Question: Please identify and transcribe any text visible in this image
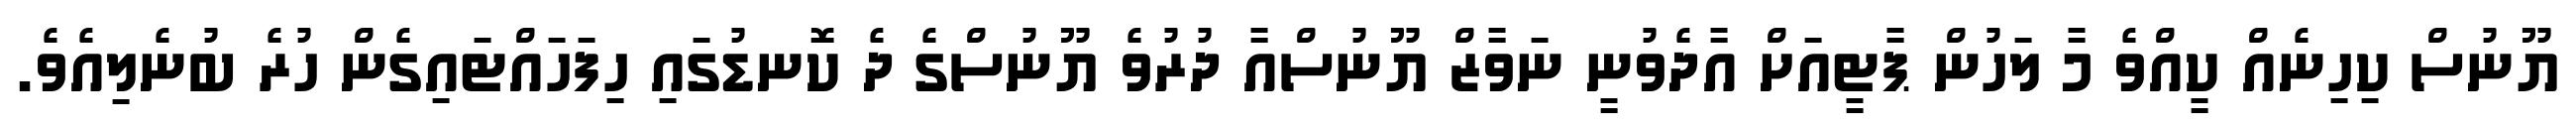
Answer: ޔޫނުސް ކިހިނެއް ކީއްވެ މާ ލަހުން ޕާޓީއަށް އާދެވުނީ ނަވާޒް ޔޫނުސްއާ ދުރުވެ ޔޫނުސްގެ ދެ ކޮނޑުގައި ހިފަހައްޓައިގެން ހުރެ ބުނެލިއެވެ.